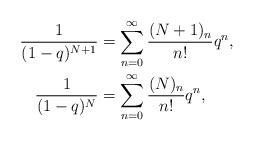
LaTeX: \begin{align*}\frac{1}{(1-q)^{N+1}} & = \sum_{n=0}^\infty \frac{(N+1)_n}{n!} q^n, \\\frac{1}{(1-q)^N} & = \sum_{n=0}^\infty \frac{(N)_n}{n!} q^n,\end{align*}